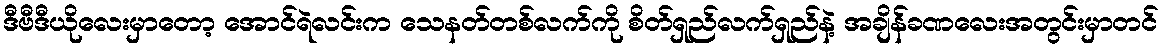
ဒီဗီဒီယိုလေးမှာတော့ အောင်ရဲလင်းက သေနတ်တစ်လက်ကို စိတ်ရှည်လက်ရှည်နဲ့ အချိန်ခဏလေးအတွင်းမှာတင်